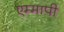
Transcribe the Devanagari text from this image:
एम्मापी